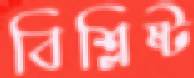
বিশ্লিষ্ট